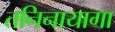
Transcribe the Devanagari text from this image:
तनिनायागा